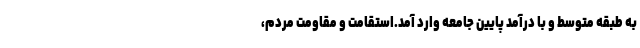
به طبقه متوسط و با درآمد پایین جامعه وارد آمد.استقامت و مقاومت مردم،